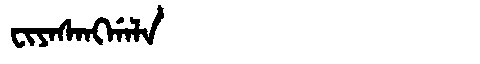
Manchu: ᠸᡳᠶᠠᠰᠠᠩᡤᠠᠯᠠ
Romanization: FIYASANGGALA